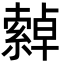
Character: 𦅕